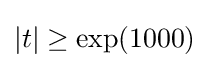
|t|\geq \exp(1000)